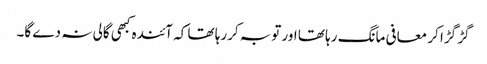
گڑ گڑا کر معافی مانگ رہا تھا اور توبہ کررہا تھا کہ آئندہ کبھی گالی نہ دے گا۔